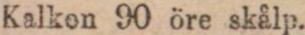
Kalkon 90 öre skålp.